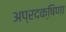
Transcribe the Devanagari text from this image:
अप्रदक्षिणा